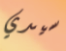
سيدي